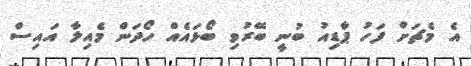
އެ މެޗަށް ފަހު ޕާޑިއު ބުނީ ބޭރުވި ބޯޅައެއް ހޯދަން މެއިލާ އައިސް